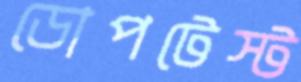
ডোপটেস্ট